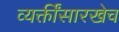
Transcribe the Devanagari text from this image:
व्यक्तींसारखेच